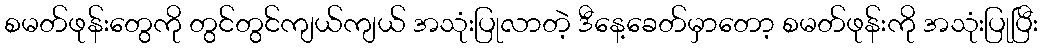
စမတ်ဖုန်းတွေကို တွင်တွင်ကျယ်ကျယ် အသုံးပြုလာတဲ့ ဒီနေ့ခေတ်မှာတော့ စမတ်ဖုန်းကို အသုံးပြုပြီး